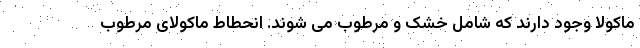
ماکولا وجود دارند که شامل خشک و مرطوب می شوند. انحطاط ماکولای مرطوب